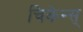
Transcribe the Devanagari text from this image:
चिकेन्स्